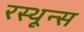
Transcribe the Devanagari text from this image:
रस्थून्स